Leaving Certificate Examination (including Day School Certificate (Higher) General paper), 1934
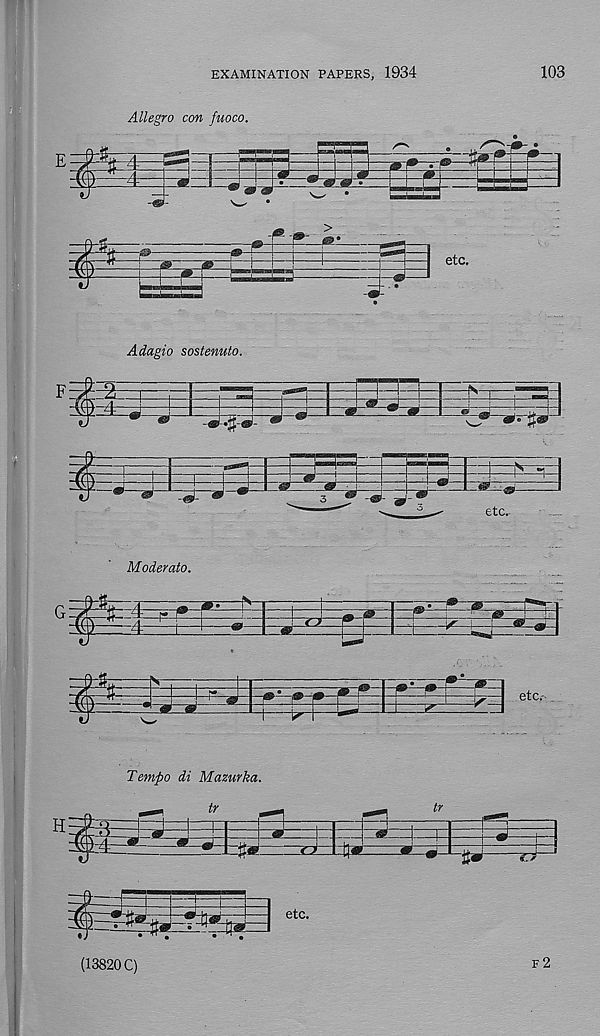
EXAMINATION PAPERS, 1934
103
Adagio sostenuto.
B
i
5—■
^ • -®
3
etc.
Moderate.
/•> g
4:
1
3=^3
etc.-
Temfio di Mazurka.
(13820 C)
f 2